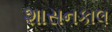
શાસનકાલ